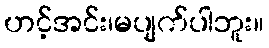
ဟင့်အင်း၊မပျက်ပါဘူး။